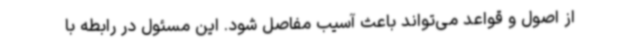
از اصول و قواعد می‌تواند باعث آسیب مفاصل شود. این مسئول در رابطه با